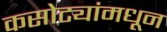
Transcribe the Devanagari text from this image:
कसोट्यांमधून